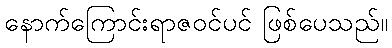
နောက်ကြောင်းရာဇဝင်ပင် ဖြစ်ပေသည်။